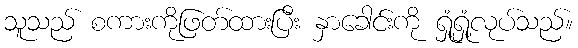
သူသည် စကားကိုဖြတ်ထားပြီး နှာခေါင်းကို ရှုံ့ရှုံ့လုပ်သည်။